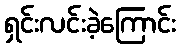
ရှင်းလင်းခဲ့ကြောင်း